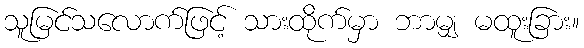
သူမြင်သလောက်ဖြင့် သားထိုက်မှာ ဘာမျှ မထူးခြား။